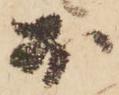
於